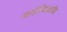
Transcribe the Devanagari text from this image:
मलेरियावरील